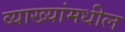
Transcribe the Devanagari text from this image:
व्याख्यांमधील